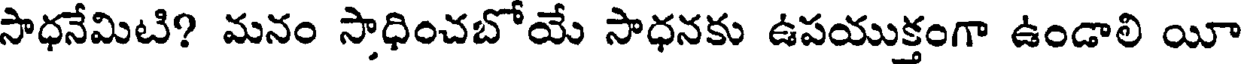
సాధనేమిటి? మనం సాధించబోయే సాధనకు ఉపయుక్తంగా ఉండాలి యీ